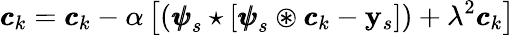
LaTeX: {\pmb{c}}_{k}={\pmb{c}}_{k}-\alpha\left[\left({\pmb{\psi}}_{s}\star\left[{\pmb{\psi}}_{s}\circledast{\pmb{c}}_{k}-\mathbf y_{s}\right]\right)+\lambda^{2}{\pmb{c}}_{k}\right]